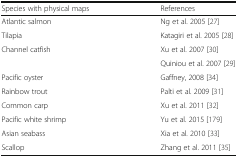
<table><thead><tr><td><b>Species with physical maps</b></td><td><b>References</b></td></tr></thead><tbody><tr><td>Atlantic salmon</td><td>Ng et al. 2005 [27]</td></tr><tr><td>Tilapia</td><td>Katagiri et al. 2005 [28]</td></tr><tr><td rowspan="2">Channel catfish</td><td>Xu et al. 2007 [30]</td></tr><tr><td>Quiniou et al. 2007 [29]</td></tr><tr><td>Pacific oyster</td><td>Gaffney, 2008 [34]</td></tr><tr><td>Rainbow trout</td><td>Palti et al. 2009 [31]</td></tr><tr><td>Common carp</td><td>Xu et al. 2011 [32]</td></tr><tr><td>Pacific white shrimp</td><td>Yu et al. 2015 [179]</td></tr><tr><td>Asian seabass</td><td>Xia et al. 2010 [33]</td></tr><tr><td>Scallop</td><td>Zhang et al. 2011 [35]</td></tr></tbody></table>